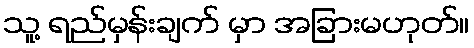
သူ့ ရည်မှန်းချက် မှာ အခြားမဟုတ်။